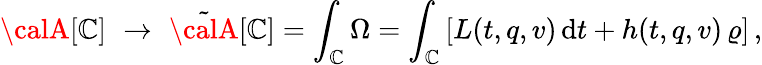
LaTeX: {\calA}[{\cal\mathbb{C}}]\, \, \rightarrow\, \, \tilde{{\calA}}[{\cal\mathbb{C}}]=\int_{\cal\mathbb{C}}\Omega=\int_{\cal\mathbb{C}}\left[L(t,q,v)\, \mathrm{{d}}t+h(t,q,v)\, \varrho\right]\, ,